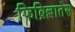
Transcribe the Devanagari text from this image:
फिब्रिल्लातेस